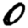
Digit: 0